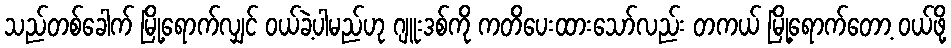
သည်တစ်ခေါက် မြို့ရောက်လျှင် ဝယ်ခဲ့ပါမည်ဟု ဂျူးဒစ်ကို ကတိပေးထားသော်လည်း တကယ် မြို့ရောက်တော့ ဝယ်ဖို့